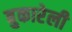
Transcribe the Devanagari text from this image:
बुकारेली